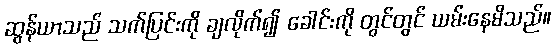
ဆွန်ယာသည် သက်ပြင်းကို ချလိုက်၍ ခေါင်းကို တွင်တွင် ယမ်းနေမိသည်။